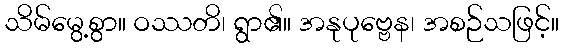
သိမ်မွေ့စွာ။ ဝဿတိ၊ ရွာ၏။ အနုပုဗ္ဗေန၊ အစဉ်သဖြင့်။